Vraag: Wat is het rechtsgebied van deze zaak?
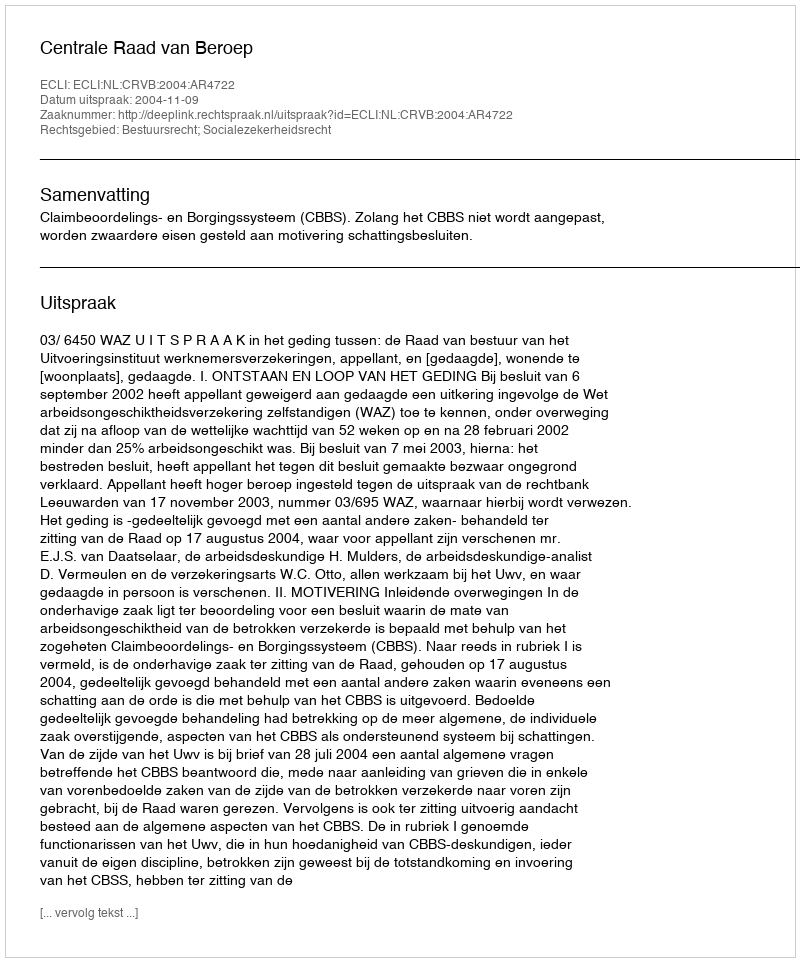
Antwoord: Bestuursrecht; Socialezekerheidsrecht